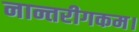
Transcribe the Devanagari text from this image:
नान्तरीगकम।